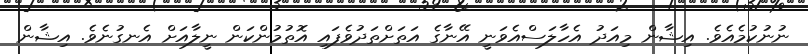
ނުނުކުމެއެވެ. އިޝާން މިއަދު އެހާލަސްއެވަނީ އޭނާގެ އަތަށްތަދުވެފައި އޮތުމުންކަން ނީލާއަށް އެނގުނެވެ. އިޝާން